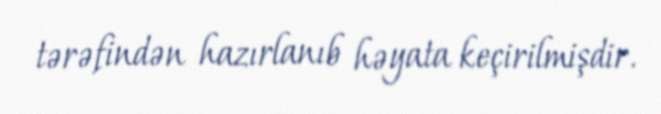
tərəfindən hazırlanıb həyata keçirilmişdir.